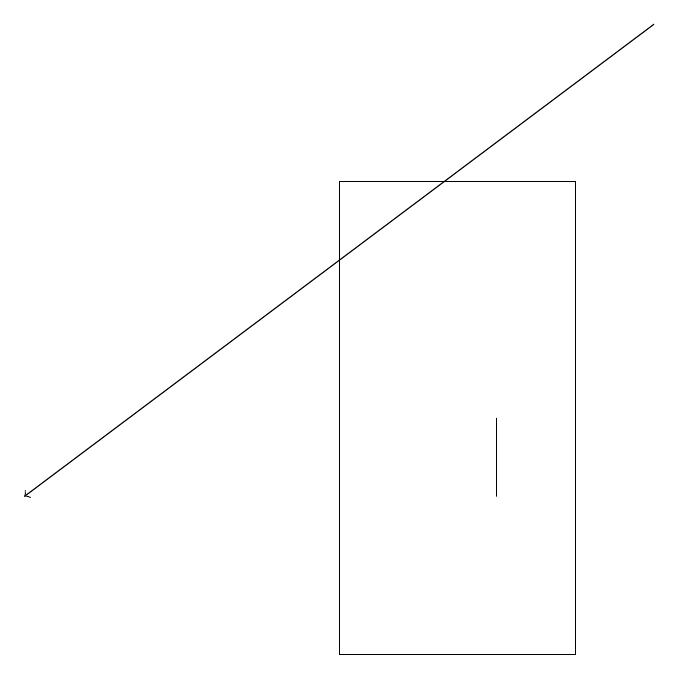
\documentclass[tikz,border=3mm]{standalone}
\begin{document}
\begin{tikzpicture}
\draw (6,13) rectangle (6,14);
\draw (4,17) rectangle (7,11);
\draw[->] (8,19) -- (0,13);
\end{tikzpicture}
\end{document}